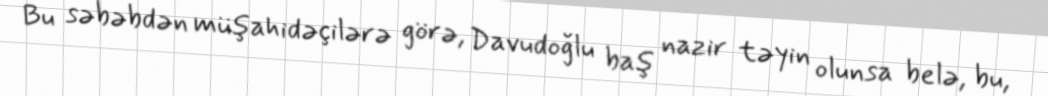
Bu səbəbdən müşahidəçilərə görə, Davudoğlu baş nazir təyin olunsa belə, bu,